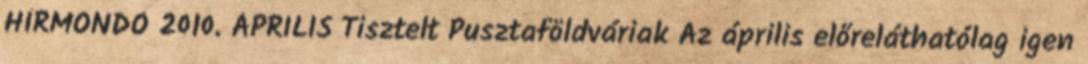
HÍRMONDÓ 2010. ÁPRILIS Tisztelt Pusztaföldváriak Az április előreláthatólag igen